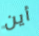
أين